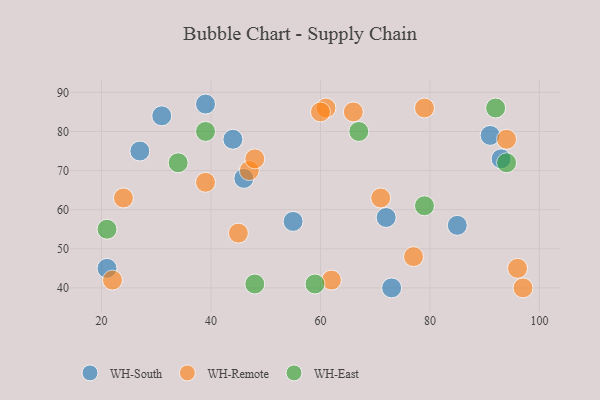
{"axis": {"x": "GDP", "y": "Life Expectancy"}, "legend": ["WH-East", "WH-Remote", "WH-South"], "data": [{"x": "73", "y": 40, "type": "WH-South"}, {"x": "91", "y": 79, "type": "WH-South"}, {"x": "72", "y": 58, "type": "WH-South"}, {"x": "31", "y": 84, "type": "WH-South"}, {"x": "39", "y": 87, "type": "WH-South"}, {"x": "85", "y": 56, "type": "WH-South"}, {"x": "27", "y": 75, "type": "WH-South"}, {"x": "93", "y": 73, "type": "WH-South"}, {"x": "21", "y": 45, "type": "WH-South"}, {"x": "46", "y": 68, "type": "WH-South"}, {"x": "55", "y": 57, "type": "WH-South"}, {"x": "44", "y": 78, "type": "WH-South"}, {"x": "77", "y": 48, "type": "WH-Remote"}, {"x": "97", "y": 40, "type": "WH-Remote"}, {"x": "24", "y": 63, "type": "WH-Remote"}, {"x": "66", "y": 85, "type": "WH-Remote"}, {"x": "22", "y": 42, "type": "WH-Remote"}, {"x": "47", "y": 70, "type": "WH-Remote"}, {"x": "79", "y": 86, "type": "WH-Remote"}, {"x": "61", "y": 86, "type": "WH-Remote"}, {"x": "71", "y": 63, "type": "WH-Remote"}, {"x": "96", "y": 45, "type": "WH-Remote"}, {"x": "60", "y": 85, "type": "WH-Remote"}, {"x": "94", "y": 78, "type": "WH-Remote"}, {"x": "48", "y": 73, "type": "WH-Remote"}, {"x": "39", "y": 67, "type": "WH-Remote"}, {"x": "45", "y": 54, "type": "WH-Remote"}, {"x": "62", "y": 42, "type": "WH-Remote"}, {"x": "92", "y": 86, "type": "WH-East"}, {"x": "34", "y": 72, "type": "WH-East"}, {"x": "21", "y": 55, "type": "WH-East"}, {"x": "48", "y": 41, "type": "WH-East"}, {"x": "39", "y": 80, "type": "WH-East"}, {"x": "59", "y": 41, "type": "WH-East"}, {"x": "67", "y": 80, "type": "WH-East"}, {"x": "79", "y": 61, "type": "WH-East"}, {"x": "94", "y": 72, "type": "WH-East"}]}